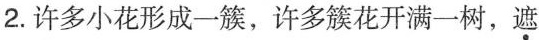
2. 许多小花形成一簇，许多簇花开满一树，遮